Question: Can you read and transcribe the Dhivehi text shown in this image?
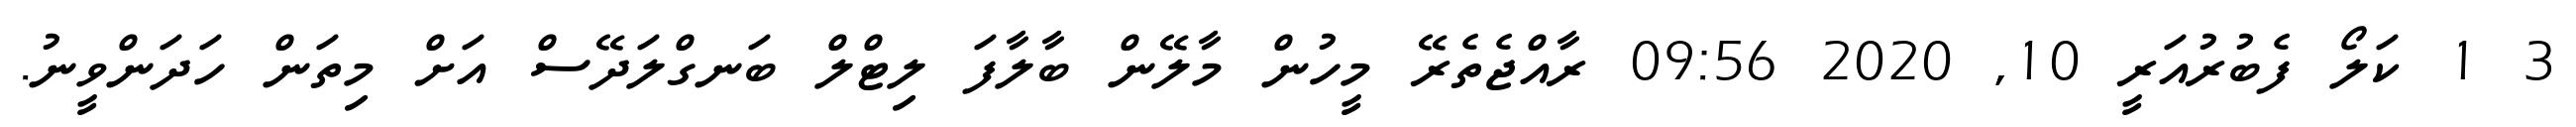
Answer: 3 1 ކަލޯ ފެބުރުއަރީ 10, 2020 09:56 ރާއްޖެތެރޭ މީހުން މާލޭން ބާލާފަ ލިޓްލް ބަނގްލަދޭސް އަށް މިތަން ހަދަންވީނު.